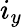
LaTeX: i_{y}